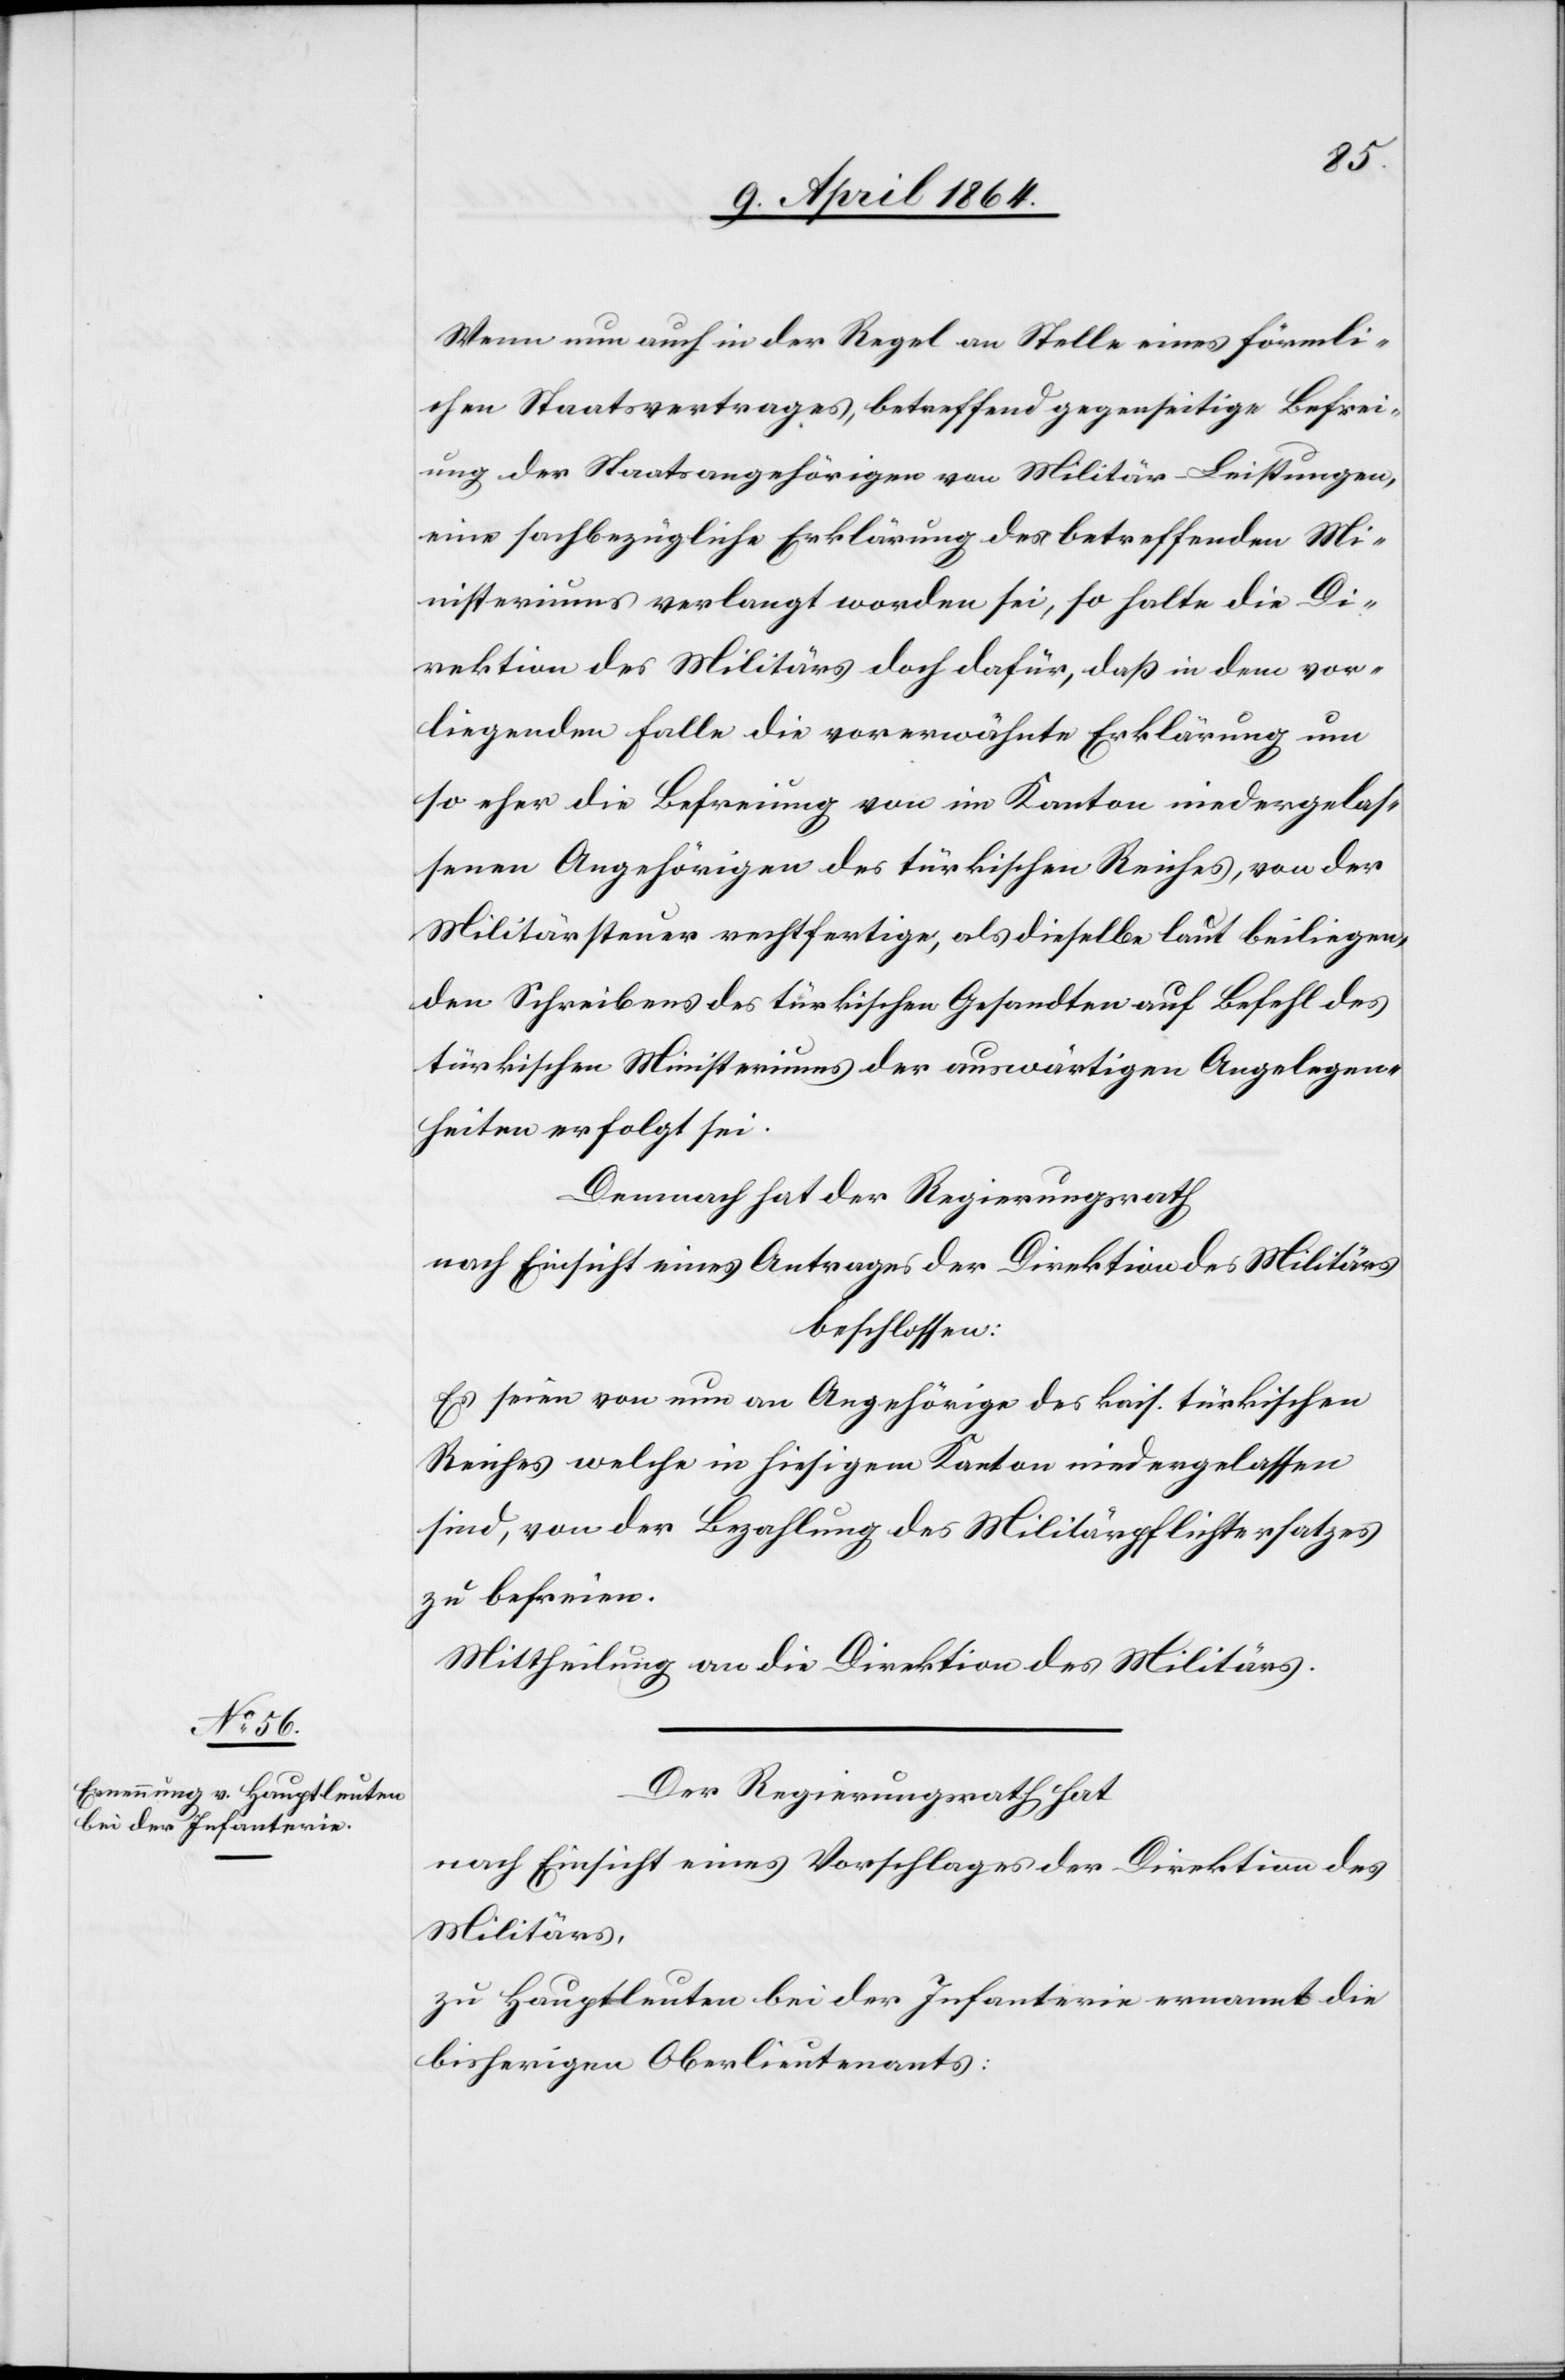
Wenn nun auch in der Regel an Stelle eines förmli¬
chen Staatsvertrages betreffend gegenseitige Befrei¬
ung der Staatsangehörigen von Militär-Leistungen,
eine sachbezügliche Erklärung des betreffenden Mi¬
nisteriums verlangt worden sei, so halte die D¬
irektion des Militärs doch dafür, daß in dem vor¬
liegenden Falle die vorerwähnte Erklärung um
so eher die Befreiung von im Kanton niedergelas¬
senen Angehörigen des türkischen Reiches, von der
Militärsteuer rechtfertige, als dieselbe laut beiliegen¬
den Schreibens des türkischen Gesandten auf Befehl des
türkischen Ministeriums der auswärtigen Angelegen¬
heiten erfolgt sei.
Demnach hat der Regierungsrath
nach Einsicht eines Antrages der Direktion des Militärs
beschlossen:
Es seien von nun an Angehörige des kais. türkischen
Reiches welche in hiesigem Kanton niedergelassen
sind, von der Bezahlung des Militärpflichtersatzes
zu befreien.
Mittheilung an die Direktion des Militärs.
Der Regierungsrath hat
nach Einsicht eines Vorschlages der Direktion des
Militärs,
zu Hauptleuten bei der Infanterie ernannt die
bisherigen Oberlieutenants: